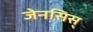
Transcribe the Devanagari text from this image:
जेनसिस्